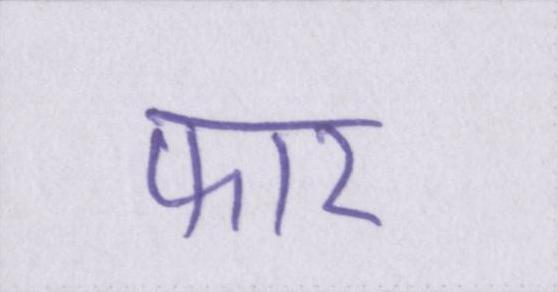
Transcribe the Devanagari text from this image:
फार